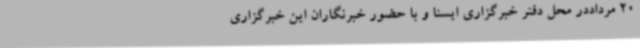
20 مرداددر محل دفتر خبرگزاری ایسنا و با حضور خبرنگاران این خبرگزاری